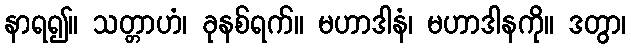
နာရ၍။ သတ္တာဟံ၊ ခုနစ်ရက်။ မဟာဒါနံ၊ မဟာဒါနကို။ ဒတွာ၊